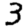
Digit: 3